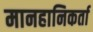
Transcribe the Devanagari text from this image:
मानहानिकर्ता